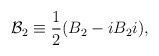
\begin{align*}{\cal B}_2 \equiv \frac{1}{2} (B_2 - i B_2 i),\end{align*}